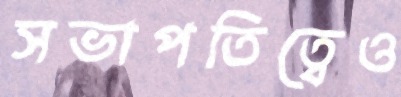
সভাপতিত্বেও